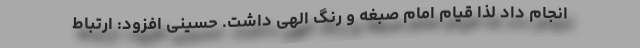
انجام داد لذا قیام امام صبغه و رنگ الهی داشت. حسینی افزود: ارتباط